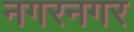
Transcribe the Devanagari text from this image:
नगरनगर